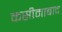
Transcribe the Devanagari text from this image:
कसीमाबाद